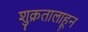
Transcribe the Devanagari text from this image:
शुक्रतालाहून